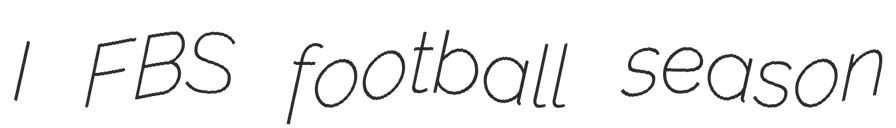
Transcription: I FBS football season